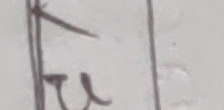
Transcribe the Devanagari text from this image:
चू